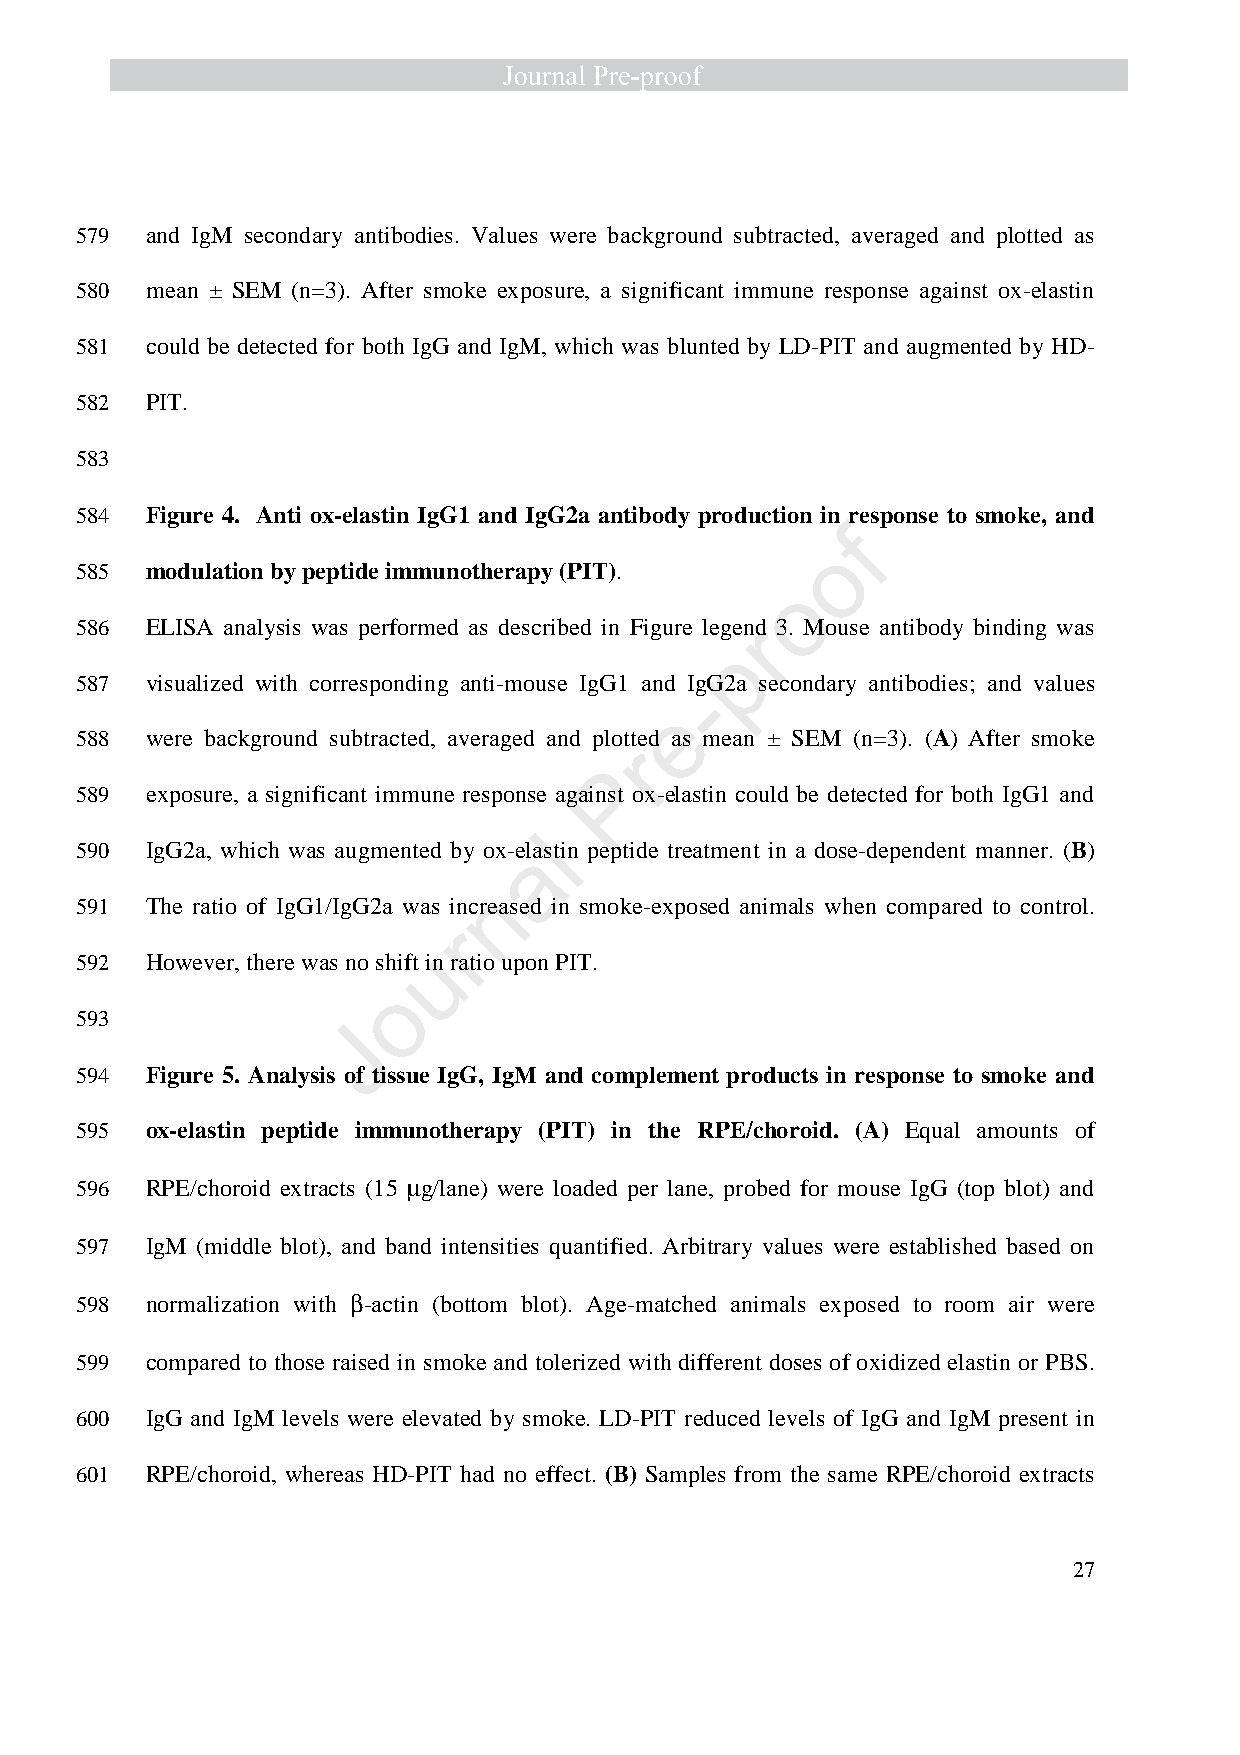
579  and IgM secondary antibodies. Values were background subtracted, averaged and plotted as
 580  mean ± SEM (n=3). After smoke exposure, a significant immune response against ox-elastin
 581  could be detected for both IgG and IgM, which was blunted by LD-PIT and augmented by HD-
 582  PIT.
 583
 584  Figure 4. Anti ox-elastin IgG1 and IgG2a antibody production in response to smoke, and
 f
 o
 585  modulation by peptide immunotherapy (PIT).
 o
 586  ELISA analysis was performed as described in Figure legenrd 3. Mouse antibody binding was
 p
 587  visualized with corresponding anti-mouse IgG1 and IgG2a secondary antibodies; and values
 -
 e
 588  were background subtracted, averaged and plotted as mean ± SEM (n=3). (A) After smoke
 r
 P
 589  exposure, a significant immune response against ox-elastin could be detected for both IgG1 and
 l
 590  IgG2a, which was augmented by ox-el aastin peptide treatment in a dose-dependent manner. (B)
 n
 591  The ratio of IgG1/IgG2a was increased in smoke-exposed animals when compared to control.
 r
 u
 592  However, there was no shift in ratio upon PIT.
 o
 593
 J
 594  Figure 5. Analysis of tissue IgG, IgM and complement products in response to smoke and
 595  ox-elastin peptide immunotherapy (PIT) in the RPE/choroid. (A) Equal amounts of
 596  RPE/choroid extracts (15 m g/lane) were loaded per lane, probed for mouse IgG (top blot) and
 597  IgM (middle blot), and band intensities quantified. Arbitrary values were established based on
 598  normalization with b -actin (bottom blot). Age-matched animals exposed to room air were
 599  compared to those raised in smoke and tolerized with different doses of oxidized elastin or PBS.
 600  IgG and IgM levels were elevated by smoke. LD-PIT reduced levels of IgG and IgM present in
 601  RPE/choroid, whereas HD-PIT had no effect. (B) Samples from the same RPE/choroid extracts
 27